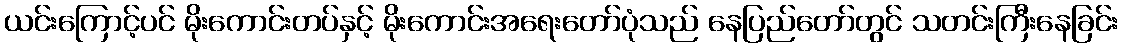
ယင်းကြောင့်ပင် မိုးကောင်းတပ်နှင့် မိုးကောင်းအရေးတော်ပုံသည် နေပြည်တော်တွင် သတင်းကြီးနေခြင်း